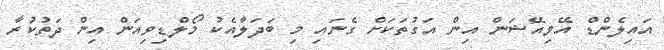
އައިލެންޑް އޭވިއޭޝަން އިން އަގުތަކަށް ގެނައި މި ބަދަލާއެކު މޯލްޑިވިއަން އިން ދަތުކުރާ